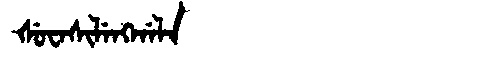
Manchu: ᡧᡠᠸᠠᠰᡳᠯᡝᠩᡤᠠᠯᠠ
Romanization: ŠUWASILENGGALA